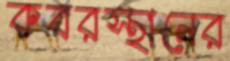
কবরস্থানের